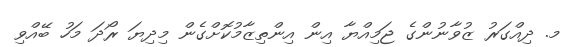
މ. ދިއްގަރު ޒުވާނުންގެ ޖަމިއްޔާ އިން އިންތިޒާމުކޮށްގެން މިދިޔަ ރޯދަ މަހު ބޭއްވި